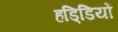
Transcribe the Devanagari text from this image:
हडि्डियों